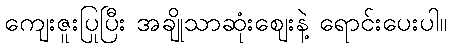
ကျေးဇူးပြုပြီး အချိုသာဆုံးဈေးနဲ့ ရောင်းပေးပါ။